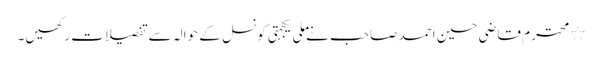
٭	محترم قاضی حسین احمد صاحب نے ملی یکجہتی کونسل کے حوالہ سے تفصیلات رکھیں۔